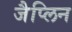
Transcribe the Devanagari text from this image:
जैप्लिन